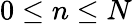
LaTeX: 0\leq n\leq N